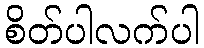
စိတ်ပါလက်ပါ